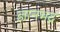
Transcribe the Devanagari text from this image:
ज्ञानभद्र